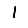
Digit: 1